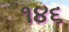
૧૪૬